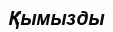
Қымызды